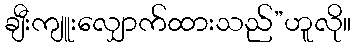
ချီးကျူးလျှောက်ထားသည်”ဟူလို။